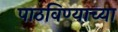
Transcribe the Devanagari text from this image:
पाठविण्याच्या